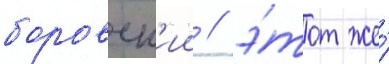
боровск'ии / э́тот же́